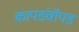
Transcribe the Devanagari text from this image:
कापडंचॉपडं